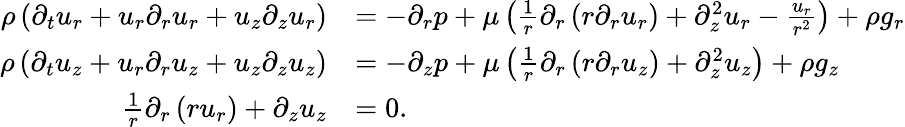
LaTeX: {\begin{array}{rl}{\rho\left({\partial_{t}u_{r}}+u_{r}{\partial_{r}u_{r}}+u_{z}{\partial_{z}u_{r}}\right)}&{=-{\partial_{r}p}+\mu\left({\frac{1}{r}}\partial_{r}\left(r{\partial_{r}u_{r}}\right)+{\partial_{z}^{2}u_{r}}-{\frac{u_{r}}{r^{2}}}\right)+\rho g_{r}}\\ {\rho\left({\partial_{t}u_{z}}+u_{r}{\partial_{r}u_{z}}+u_{z}{\partial_{z}u_{z}}\right)}&{=-{\partial_{z}p}+\mu\left({\frac{1}{r}}\partial_{r}\left(r{\partial_{r}u_{z}}\right)+{\partial_{z}^{2}u_{z}}\right)+\rho g_{z}}\\ {{\frac{1}{r}}\partial_{r}\left(ru_{r}\right)+{\partial_{z}u_{z}}}&{=0.}\end{array}}